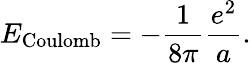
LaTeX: E_{\mathrm{Coulomb}}=-{\frac{1}{8\pi}}{\frac{e^{2}}{a}}.